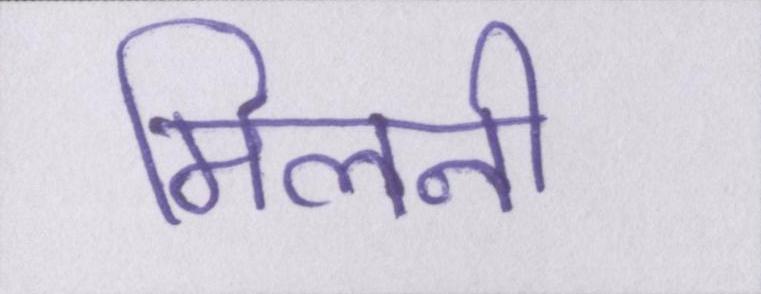
मिलनी